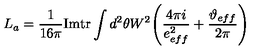
L _ { a } = \frac { 1 } { 1 6 \pi } \mathrm { I m } \mathrm { t r } \int d ^ { 2 } \theta W ^ { 2 } \Bigg ( \frac { 4 \pi i } { e _ { e f f } ^ { 2 } } + \frac { \vartheta _ { e f f } } { 2 \pi } \Bigg )